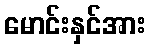
မောင်းနှင်အား